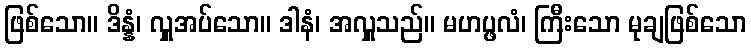
ဖြစ်သော။ ဒိန္နံ၊ လှူအပ်သော။ ဒါနံ၊ အလှူသည်။ မဟပ္ဖလံ၊ ကြီးသော မုချဖြစ်သော